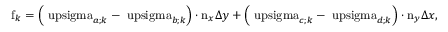
\mathrm { f } _ { k } = \left( \mathrm { \ u p s i g m a } _ { a ; k } - \mathrm { \ u p s i g m a } _ { b ; k } \right) \cdot \mathrm { n } _ { x } \Delta y + \left( \mathrm { \ u p s i g m a } _ { c ; k } - \mathrm { \ u p s i g m a } _ { d ; k } \right) \cdot \mathrm { n } _ { y } \Delta x ,